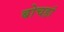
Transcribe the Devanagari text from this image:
बोचहां